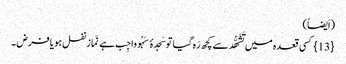
(اَیضاً)
{13} کسی قعدہ میں تَشَھُّد سے کچھ رَہ گیا توسَجدۂ سَہْو واجِب ہے نَماز نفل ہو یا فرض ۔